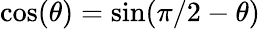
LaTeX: \cos(\theta)=\sin(\pi/2-\theta)